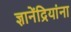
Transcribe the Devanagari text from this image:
ज्ञानेंद्रियांना